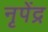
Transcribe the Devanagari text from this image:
नृपेंद्र